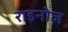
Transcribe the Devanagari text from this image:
राइनोज़